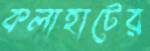
কলাহাটের